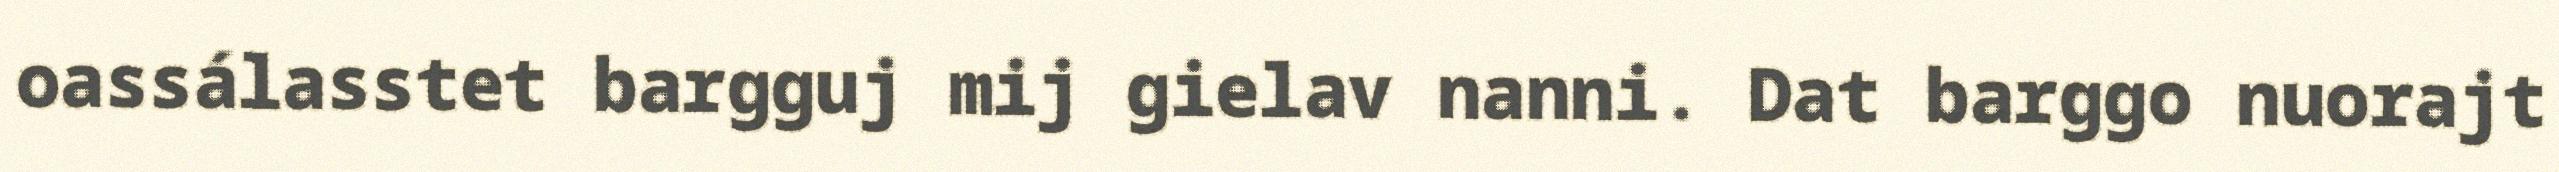
oassálasstet bargguj mij gielav nanni. Dat barggo nuorajt